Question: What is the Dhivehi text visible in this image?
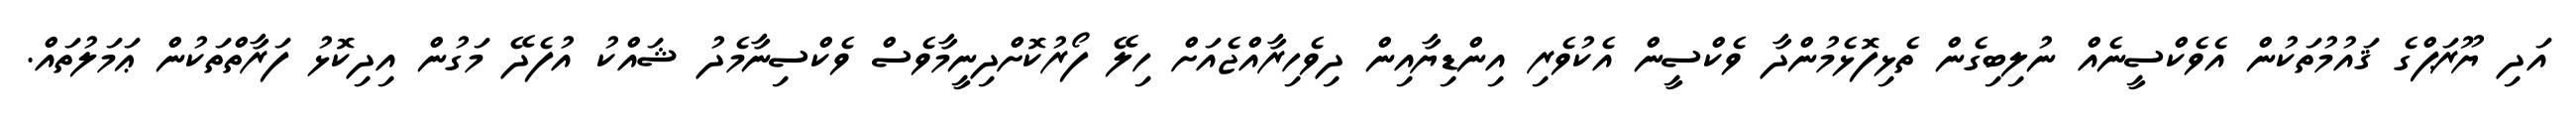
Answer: އަދި ޔޫރަޕްގެ ޤައުމުތަކުން އެވެކްސީނެއް ނުލިބިގެން ތެޅިފޮޅެމުންދާ ވެކްސީން އެކުވެރި އިންޑިޔާއިން ދިވެހިރާއްޖެއަށް ހިލޭ ފޯރުކޮށްދިނީމާވެސް ވެކްސިނާމެދު ޝައްކު އުފެދޭ މަގުން އިދިކޮޅު ފަރާތްތަކުން ޢަމަލުތައް.